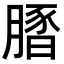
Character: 𦟢